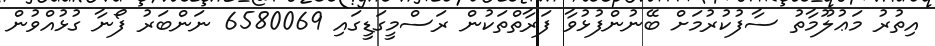
އިތުރު މަޢުލޫމާތު ސާފުކުރުމަށް ބޭނުންފުޅުވާ ފަރާތްތަކުން ރަސްމީގަޑީގައި 6580069 ނަންބަރު ފޯނާ ގުޅުއްވުން